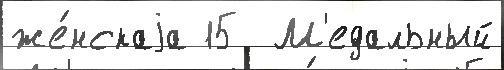
же́нскаjа 15  М'едальный